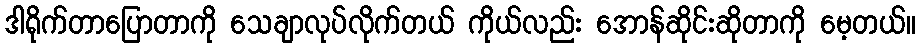
ဒါရိုက်တာပြောတာကို သေချာလုပ်လိုက်တယ် ကိုယ်လည်း အောန်ဆိုင်းဆိုတာကို မေ့တယ်။